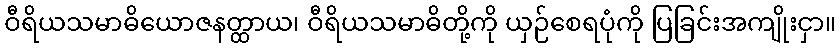
ဝီရိယသမာဓိယောဇနတ္ထာယ၊ ဝီရိယသမာဓိတို့ကို ယှဉ်စေရပုံကို ပြခြင်းအကျိုးငှာ။